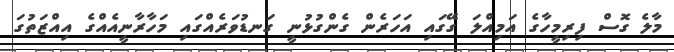
މާލެ ގޮސް ފިރިމީހާގެ އަމިއްލަ ގޭގައި އަހަރެން ގެންގުޅުނީ ގަނޑުވަރެއްގައި މަހާރާނީއެއްގެ އިއްޒަތުގަ